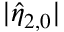
| \hat { \eta } _ { 2 , 0 } |